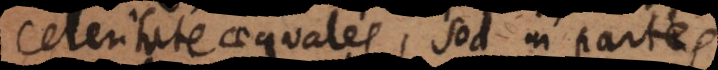
leritate aequales, sed in partes